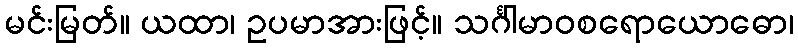
မင်းမြတ်။ ယထာ၊ ဥပမာအားဖြင့်။ သင်္ဂါမာဝစရောယောဓော၊